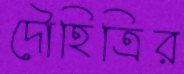
দৌহিত্রির